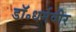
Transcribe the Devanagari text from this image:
डॉ॰धर्मवीर